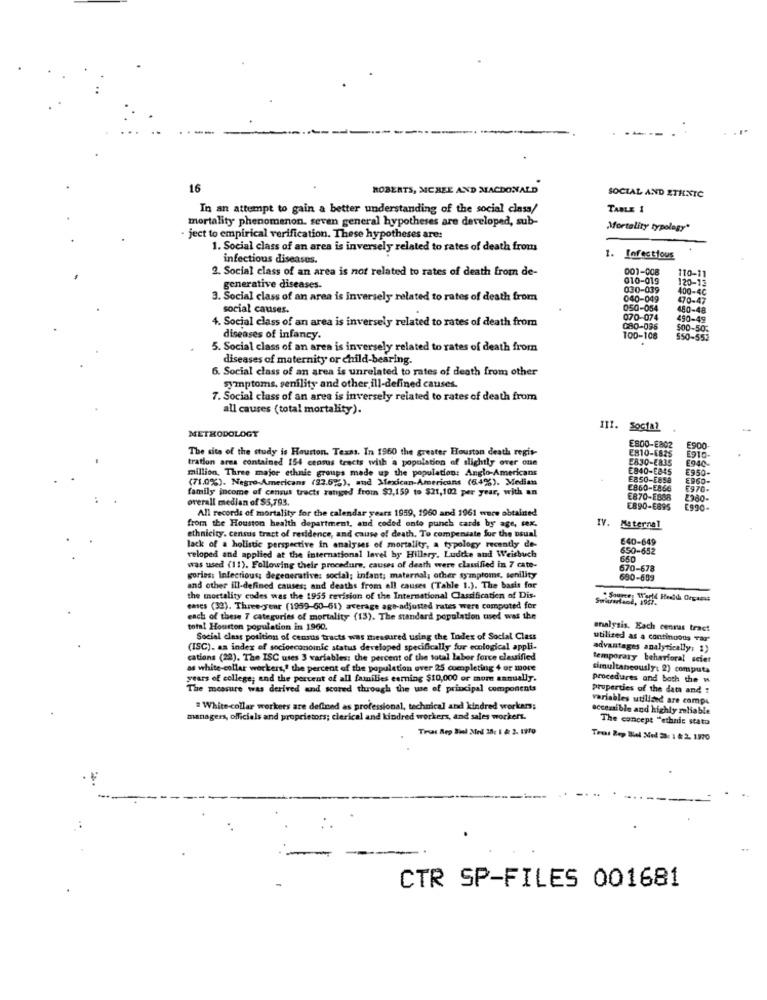
16
ROBERTS, MCREE AND MACDONALD
SOCIAL AND ETHNIC
In an attempt to gain a better understanding of the social class/
TABLE 1
mortality phenomenon, seven general hypotheses are developed, sub-
Mortality typology"
ject to empirical verification. These hypotheses are:
1. Social class of an area is inversely related to rates of death from
infectious diseases.
1. Infectious
2. Social class of an area is not related to rates of death from de-
001-008
010-019
110-11
120-13
generative diseases.
030-039
400-40
3. Social class of an area is inversely related to rates of death from
040-049
470-47
social causes.
050-054
480-48
4. Social class of an area is inversely related to rates of death from
070-074
490-49
080-096
500-503
diseases of infancy.
100-108
550-553
5. Social class of an area is inversely related to rates of death from
diseases of maternity or child-bearing.
6. Social class of an area is unrelated to rates of death from other
symptoms, senility and other ill-defined causes.
7. Social class of an area is inversely related to rates of death from
all causes (total mortality).
111. Social
METHODOLOGY
The site of the study is Houston, Texas. In 1960 the greater Houston death regis-
E800-E802
E810-5825
E900
E910-
tration area contained 154 census tracts with a population of slightly over one
E830-8835
E940-
million, Three major ethnic groups made up the population: Anglo-Americans
E840-E845
E950-
(71.0%). Negro-Americans (82.62%), and Mexican-Americans (649%), Median
EBSo-Essa
ESGO-
family income of census tracts ranged from $3,159 to $21,102 per year, with an
E860-E866
E970-
overall median of $5,793.
E870-E888
2380-
All records of mortality for the calendar years 1959, 1960 and 1961 were obtained
E890-6895
E990-
from the Houston health department, and coded onto punch cards by age, tex.
IV. Maternal
ethnicity. census tract of residence, and cause of death. To compensate for the usual
640-649
lack of a holistic perspective in analyses of mortality, a typology recently de-
650-652
veloped and applied at the international level by Hillary. Ludthe and Weisbuch
660
was used (11). Following their procedure, causes of death were classified in 7 cate-
670-678
gories: Infectious; degenerative: social; infant; maternal, other symptoms, senility
680-699
and other ill-defined causes; and deaths from all causes (Table 1.). The basis for
the mortality codes was the 1955 revision of the International Classification of Dis-
cases (32). Three-year (1959-60-61) average age-adjusted rates were computed for
each of these 7 categories of mortality (13). The standard population used was the
total Houston population in 1960.
analysis. Each cenras tract
Social class position of census tracts was measured using the Index of Social Class
utilised as a continuous Tar"
(ISC). as index of socioeconomic status developed specifically for ecological appli-
advantages analytically: 1)
cations (28). The ISC uses 3 variables: the percent of the total labor force clauified
temporary behavioral scier
as white-collar workers," the percent of the population over 25 completing 4 or more
simultaneously; 2) computa
years of college; and the percent of all families esming $10,000 or more annually.
procedures and both the w
The measure was derived and scored through the use of principal components
properties of the data and :
variables utilized are comps
# White-collar workers are defined as professional, technical and kindred workers;
accessible and highly reliable
managers, officials and proprietors; clerical and kindred workers, and sales workers.
The concept "ethnic statu
Tras Aep Biel Med 38; 1 & 2. Lifo
Tres Rep Biel Med 28: 1 & 2. 1970
CTR SP-FILES 001681